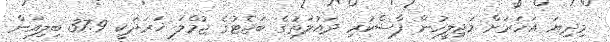
މިދިޔަ އަހަރަށް މަޖިލީހުން ފާސްކުރި ދައުލަތުގެ ބަޖެޓުގެ ޖުމްލަ ޚަރަދަކީ 37.9 ބިލިއަން